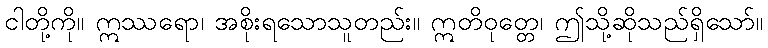
ငါတို့ကို။ ဣဿရော၊ အစိုးရသောသူတည်း။ ဣတိဝုတ္တေ၊ ဤသို့ဆိုသည်ရှိသော်။